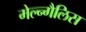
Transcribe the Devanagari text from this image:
मेल्न्गैलिस